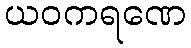
ယဝကရဏေ